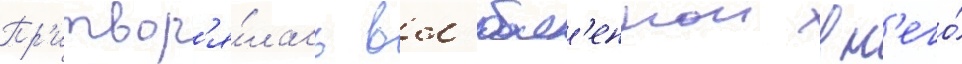
Пр'итвор'я́лась вл'юбл'еннои в н'его́